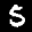
Label: 5